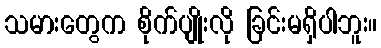
သမားတွေက စိုက်ပျိုးလို ခြင်းမရှိပါဘူး။